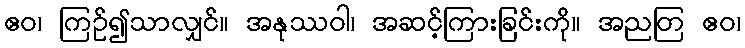
ဧဝ၊ ကြဉ်၍သာလျှင်။ အနုဿဝါ၊ အဆင့်ကြားခြင်းကို။ အညတြ ဧဝ၊